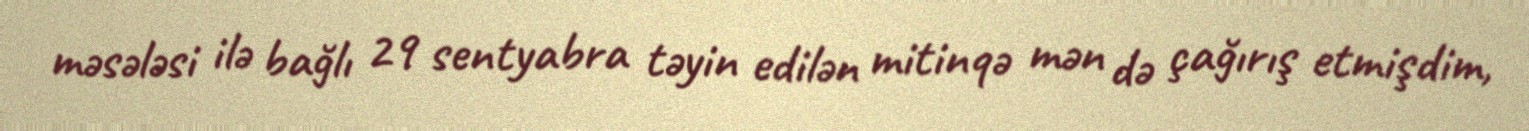
məsələsi ilə bağlı 29 sentyabra təyin edilən mitinqə mən də çağırış etmişdim,